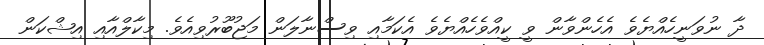
ދާ ނުވަނީހެއްޔެވެ އެހެންވާން ވީ ކީއްވެހެއްޔެވެ އެކަމާއި ވިސްނާލަން މަޖުބޫރުވިއެވެ. މިކާލްއާއި އިޝްކަން